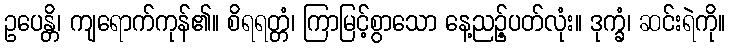
ဥပေန္တိ၊ ကျရောက်ကုန်၏။ စိရရတ္တံ၊ ကြာမြင့်စွာသော နေ့ညဉ့်ပတ်လုံး။ ဒုက္ခံ၊ ဆင်းရဲကို။